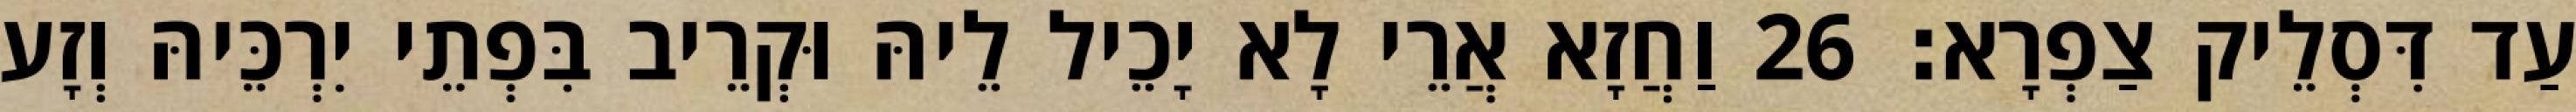
עַד דִּסְלֵיק צַפְרָא׃ 26 וַחֲזָא אֲרֵי לָא יָכֵיל לֵיהּ וּקְרֵיב בִּפְתֵי יִרְכֵּיהּ וְזָע